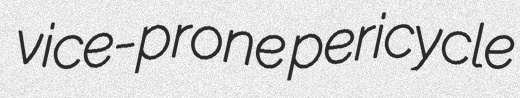
vice-prone pericycle